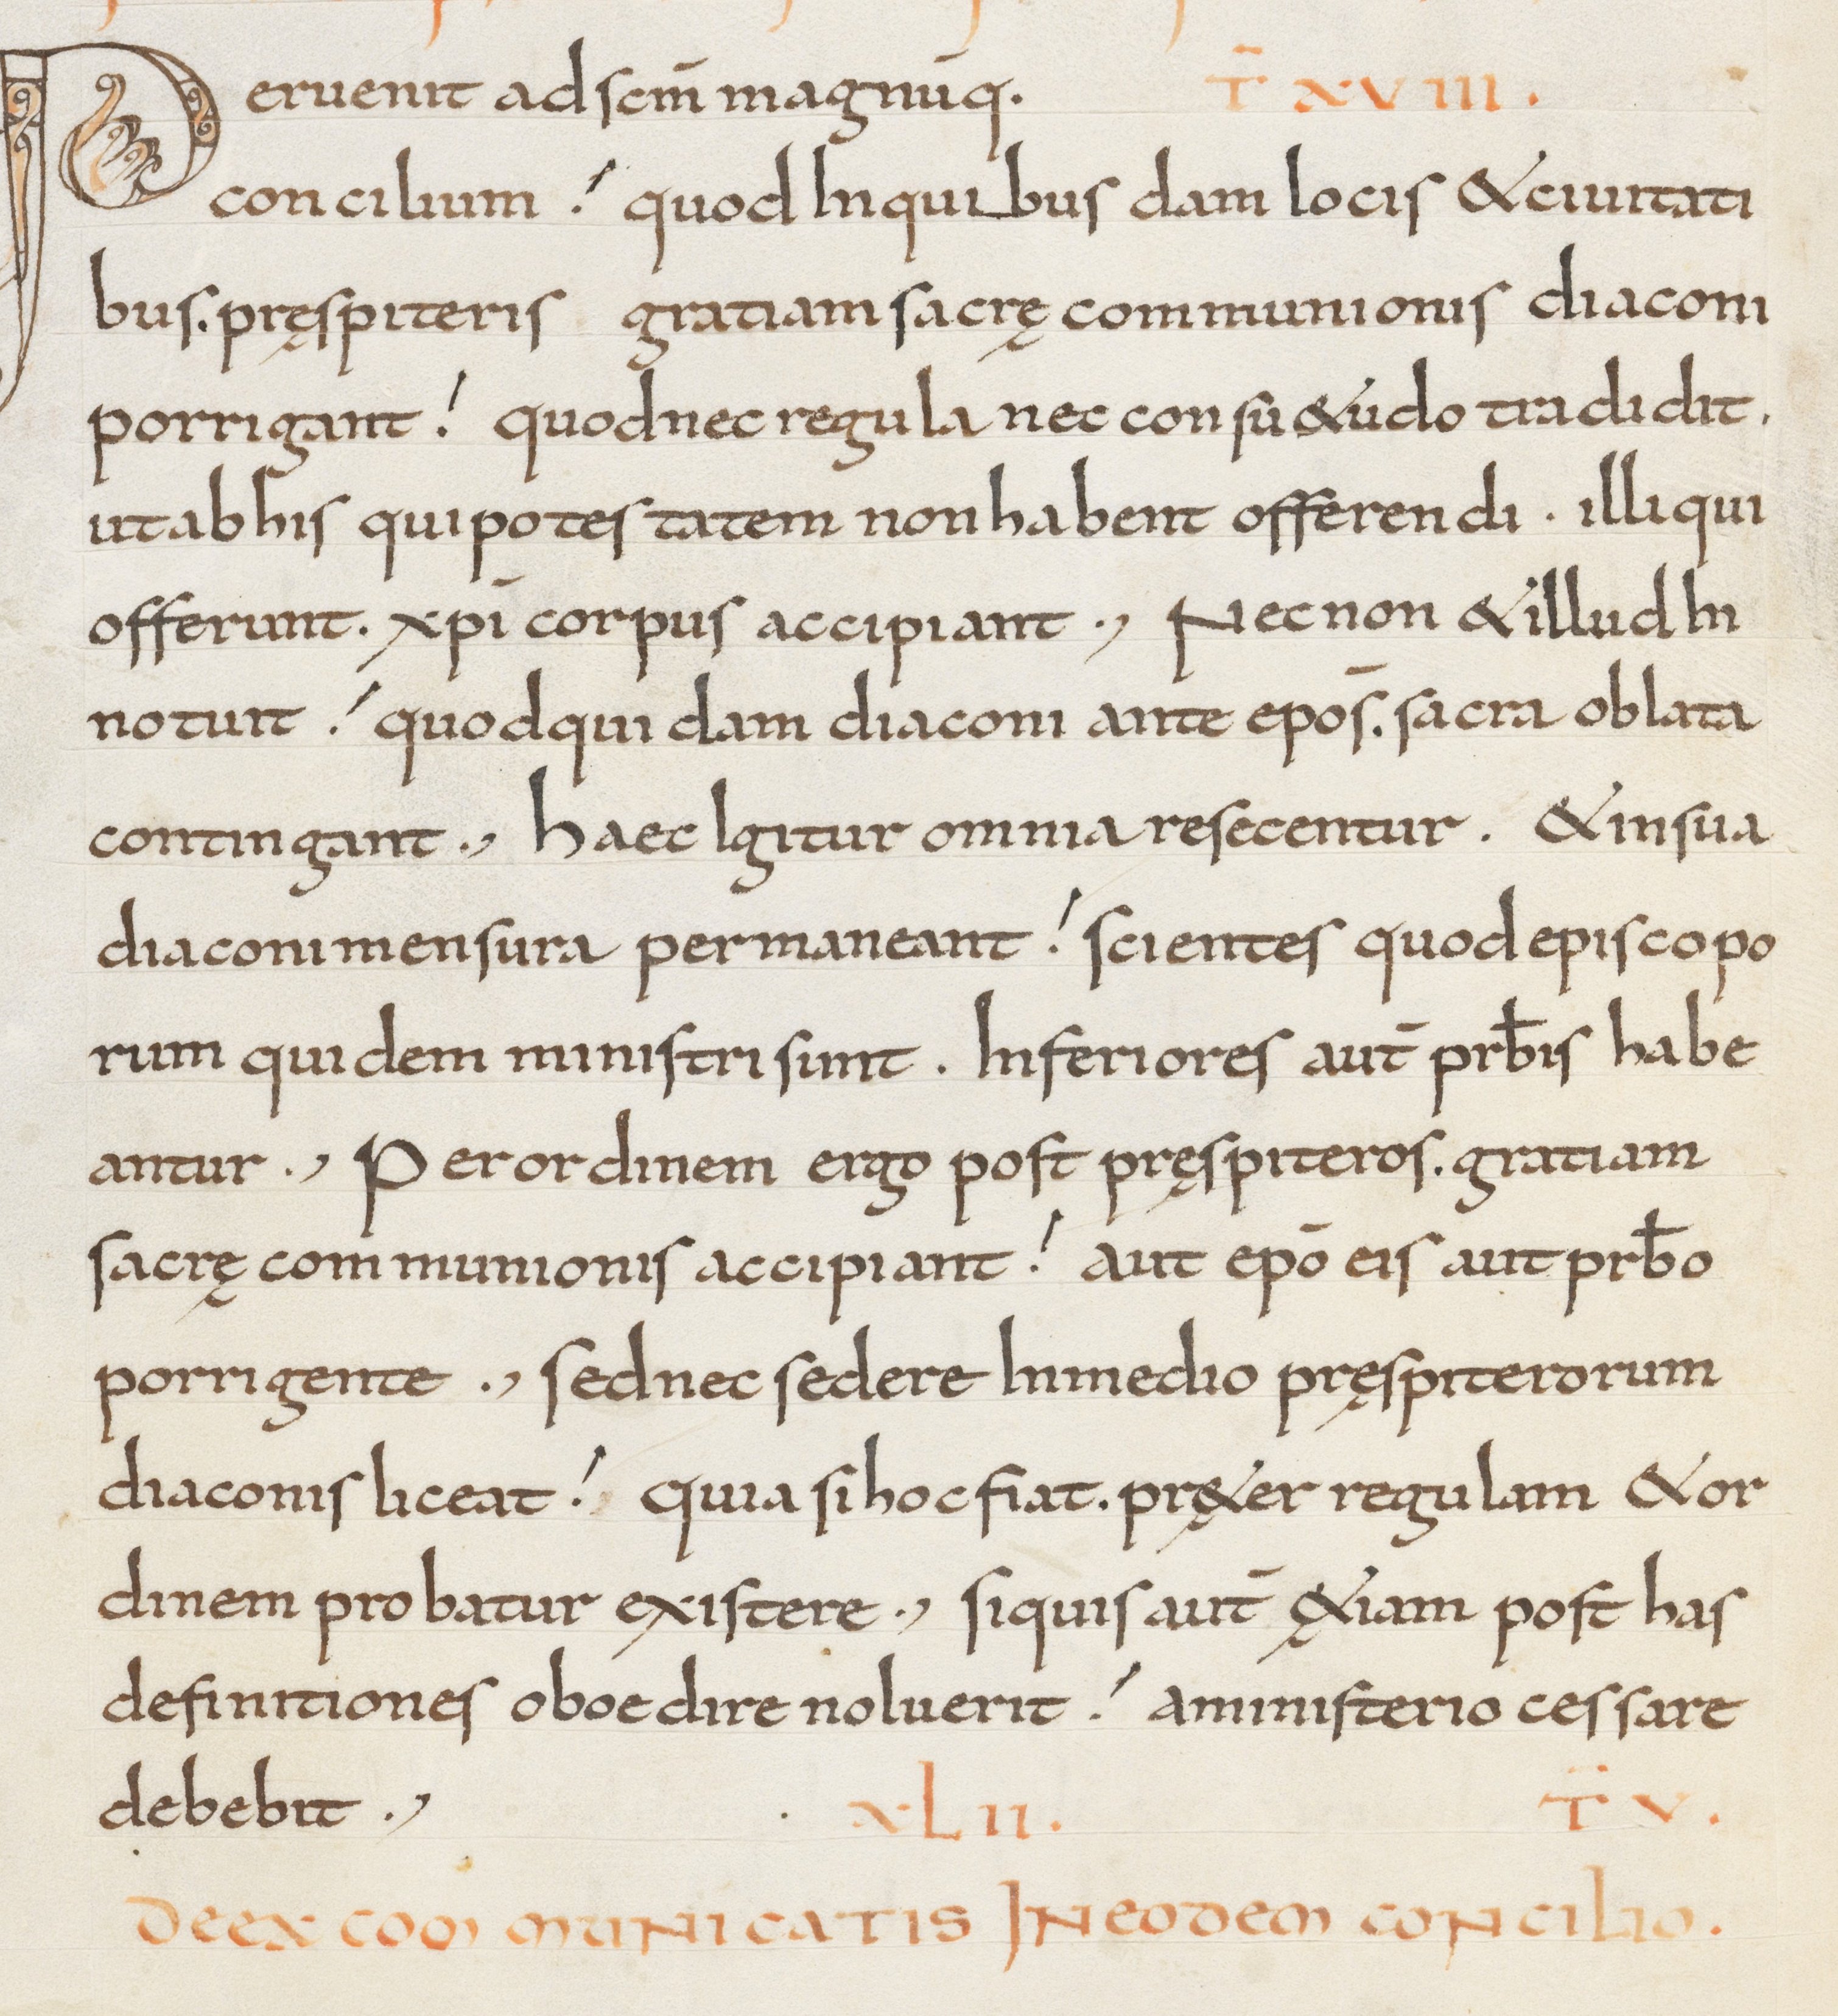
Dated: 800–849